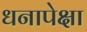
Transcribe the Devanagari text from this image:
धनापेक्षा